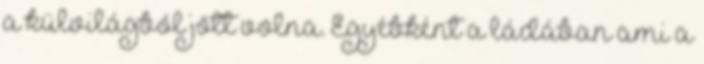
a külvilágból jött volna. Egyébként a ládában ami a